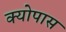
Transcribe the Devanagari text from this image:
क्योपास